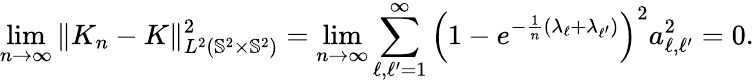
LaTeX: \underset{n\rightarrow\infty}{\operatorname*{lim}}\Vert K_{n}-K\Vert_{L^{2}({\mathbb{S}^{2}}\times{\mathbb{S}^{2}})}^{2}=\underset{n\rightarrow\infty}{\operatorname*{lim}}\sum_{\ell,\ell^{\prime}=1}^{\infty}\left(1-e^{-\frac{1}{n}(\lambda_{\ell}+\lambda_{\ell^{\prime}})}\right)^{2}a_{\ell,\ell^{\prime}}^{2}=0.